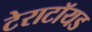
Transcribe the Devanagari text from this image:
टेराटॉयड